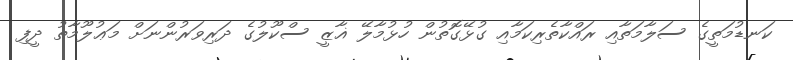
ކަނޑުމަތީގެ ސަލާމަތާއި ރައްކާތެރިކަމާއި ގުޅޭގޮތުން ހުޅުމާލޭ ޣާޒީ ސްކޫލުގެ ދަރިވަރުންނަށް މަޢުލޫމާތު ދީފި